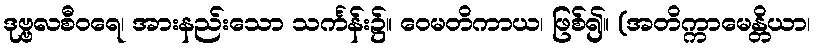
ဒုဗ္ဗလစီဝရေ၊ အားနည်းသော သင်္ကန်း၌။ ဝေမတိကာယ၊ ဖြစ်၍။ (အတိက္ကာမေန္တိယာ၊